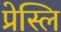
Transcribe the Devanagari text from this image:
प्रेस्लि